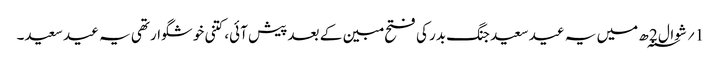
1؍ شوال 2 ؁ھ میں یہ عید سعید جنگ بدر کی فتح مبین کے بعد پیش آئی، کتنی خوشگوار تھی یہ عید سعید۔